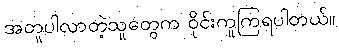
အတူပါလာတဲ့သူတွေက ဝိုင်းကူကြရပါတယ်။